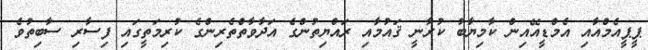
ޕީޕީއެމްއާއި އެމްޑީއޭއިން ކާމިޔާބު ކުރާނީ ޤައުމާއި ރައްޔިތުންގެ އަދާވާތްތެރިންގެ ކުރިމަތީގައި ފިސާރި ސާބިތުވެ